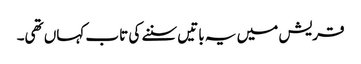
قریش میں یہ باتیں سننے کی تاب کہاں تھی۔